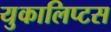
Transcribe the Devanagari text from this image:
युकालिप्टस